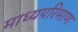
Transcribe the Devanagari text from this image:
माध्यपरिमाण